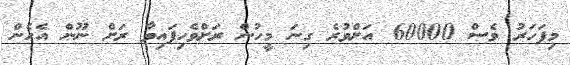
މިފަހަރު ވެސް 60000 އަށްވުރެ ގިނަ މީހުން ރަށްވެހިފައިވާ ރަށް ނޫން އެހެން